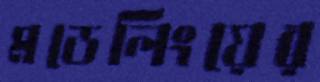
মডেলিংয়ের